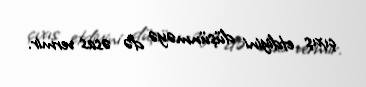
çıxış etdiyini düşünməyə də əsas vermir.